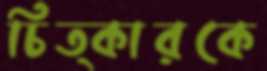
চিত্কারকে